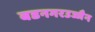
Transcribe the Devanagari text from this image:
बडनगरउज्जैन